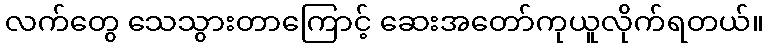
လက်တွေ သေသွားတာကြောင့် ဆေးအတော်ကုယူလိုက်ရတယ်။